Cholera in India, 1862 to 1881
Year: 1862
Disease focus: Cholera
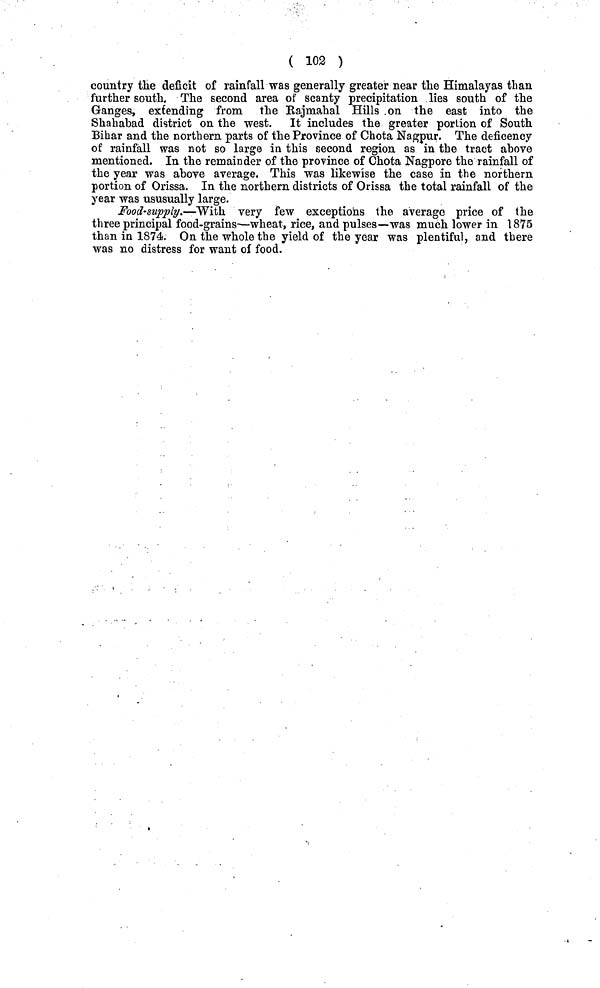
( 102 )
country the deficit of rainfall was generally greater near the Himalayas than
further south. The second area of scanty precipitation lies south of the
Ganges, extending from the Rajmahal Hills on the east into the
Shahahad district on the west. It includes the greater portion of South
Bihar and the northern parts of the Province of Chota Nagpur. The deficency
of rainfall was not so large in this second region as in the tract above
mentioned. In the remainder of the province of Chota Nagpore the rainfall of
the year was above average. This was likewise the case in the northern
portion of Orissa. In the northern districts of Orissa the total rainfall of the
year was ususually large.
Food-supply.—With very few exceptions the average price of the
three principal food-grains—wheat, rice, and pulses—was much lower in 1875
than in 1874, On the whole the yield of the year was plentiful, and there
was no distress for want of food.